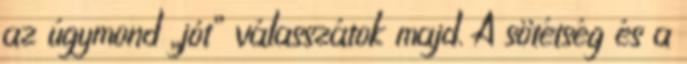
az úgymond „jót” válasszátok majd. A sötétség és a